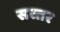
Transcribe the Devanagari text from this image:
सस्तर